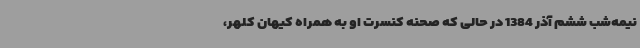
نیمه‌شب ششم آذر 1384 در حالی‌ که صحنه کنسرت او به همراه کیهان کلهر،